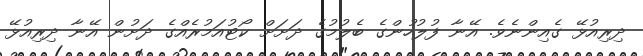
ދިރިއުޅޭ ގެއިންނެވެ. އޭނާ ފުލުހުންގެ ބެލުމުގެ ދަށަށް ކޯޓުއަމުރެއްގެ ދަށުން އޭނާ ދިރިއުޅޭ